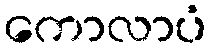
ကောလာပံ